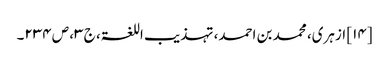
[۱۴] ازہری، محمد بن احمد، تہذیب اللغۃ، ج ۳، ص ۲۳۴۔